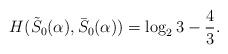
LaTeX: \begin{align*}H(\tilde{S}_0(\alpha), \bar{S}_0(\alpha))=\log_23-\frac{4}{3}.\end{align*}